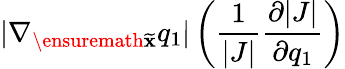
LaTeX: |\nabla_{\ensuremath{{\widetilde{\mathbf{x}}}}}q_{1}|\left(\frac{1}{|J|}\frac{\partial|J|}{\partial q_{1}}\right)